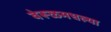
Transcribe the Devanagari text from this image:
वेरूळमधल्या